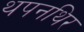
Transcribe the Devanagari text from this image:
थपनथिर